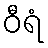
ဝီရံ